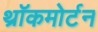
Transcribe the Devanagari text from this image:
थ्रॉकमोर्टन